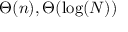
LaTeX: \Theta ( n ) , \Theta ( \log ( N ) )